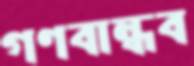
গণবান্ধব